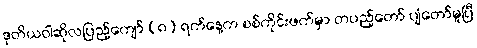
ဒုတိယဝါဆိုလပြည့်ကျော် (၈) ရက်နေ့က စစ်ကိုင်းဖက်မှာ တပည့်တော် ပျံတော်မူပြီ